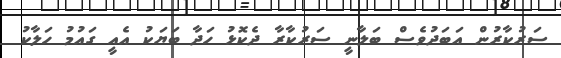
ސަރުކާރުން އަބަދުވެސް ބަލާނީ ސަރުކާރާ ދެކޮޅު ހަދާ ބަޔަކު އެއީ ގައުމު ހަލާކު